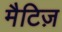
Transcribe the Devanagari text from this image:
मैटिज़